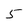
Character: 5